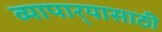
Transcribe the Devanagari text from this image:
व्यापार्‍यासाठी